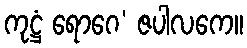
ကုဋ္ဌံ ရောဂေ’ ဇပါလကေ။